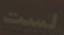
لست